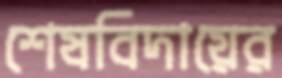
শেষবিদায়ের